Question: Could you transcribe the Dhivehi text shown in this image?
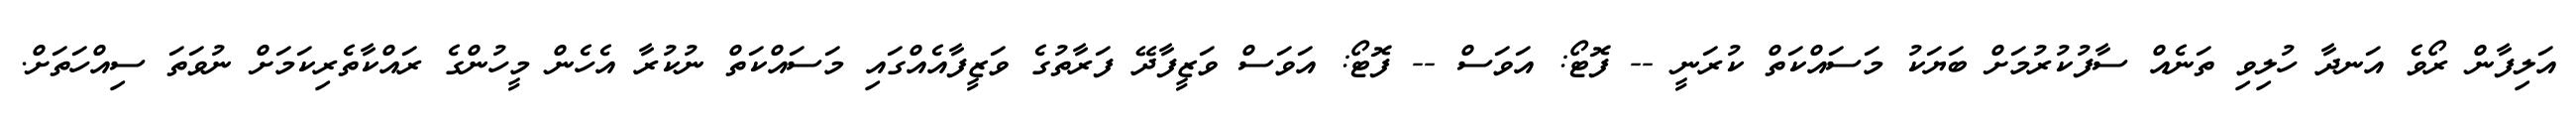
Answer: އަލިފާން ރޯވެ އަނދާ ހުލިވި ތަނެއް ސާފުކުރުމަށް ބަޔަކު މަސައްކަތް ކުރަނީ -- ފޮޓޯ: އަވަސް -- ފޮޓޯ: އަވަސް ވަޒީފާދޭ ފަރާތުގެ ވަޒީފާއެއްގައި މަސައްކަތް ނުކުރާ އެހެން މީހުންގެ ރައްކާތެރިކަމަށް ނުވަތަ ސިއްހަތަށް.